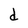
Character: d